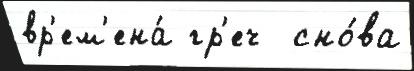
вр'ем'ена́ гр'еч  сно́ва